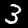
Label: 3